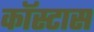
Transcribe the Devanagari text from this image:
कॉस्टास